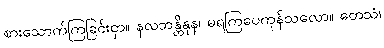
စားသောက်ကြခြင်းငှာ။ နလဘန္တိနုန၊ မရကြပေကုန်သလော။ တေသံ၊